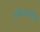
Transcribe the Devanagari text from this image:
अभिअंसपृष्ठिका